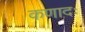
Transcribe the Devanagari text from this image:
कणादः